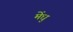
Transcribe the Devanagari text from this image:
मेंधु